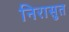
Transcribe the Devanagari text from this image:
निरासुत